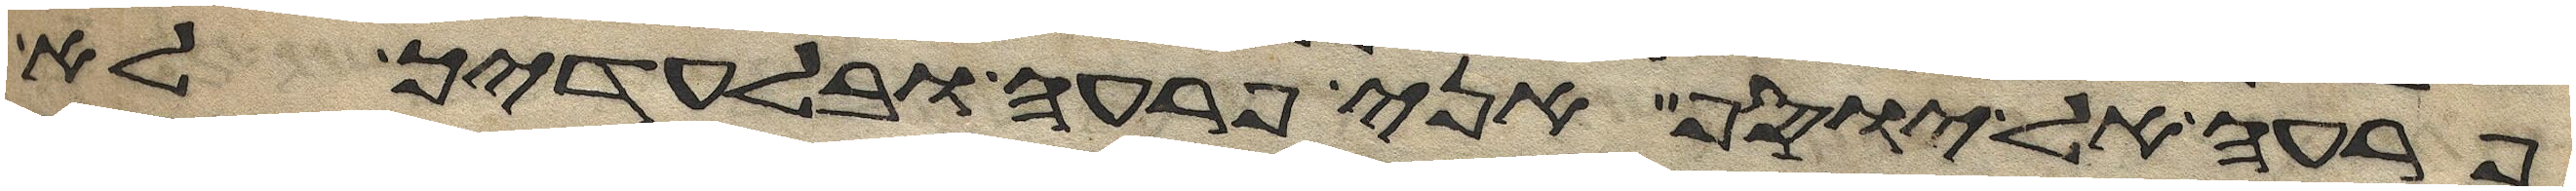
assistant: פרעה אל יוסף אני פרעה ובלעדיך לא